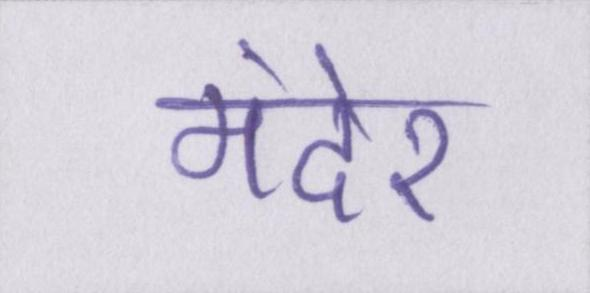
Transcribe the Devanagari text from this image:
मंदेर